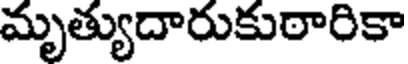
మృత్యుదారుకుఠారికా